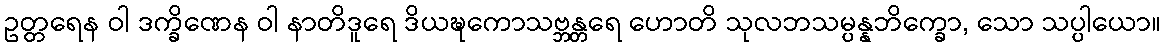
ဥတ္တရေန ဝါ ဒက္ခိဏေန ဝါ နာတိဒူရေ ဒိယဍ္ဎကောသဗ္ဘန္တရေ ဟောတိ သုလဘသမ္ပန္နဘိက္ခော, သော သပ္ပါယော။